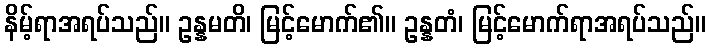
နိမ့်ရာအရပ်သည်။ ဥန္နမတိ၊ မြင့်မောက်၏။ ဥန္နတံ၊ မြင့်မောက်ရာအရပ်သည်။